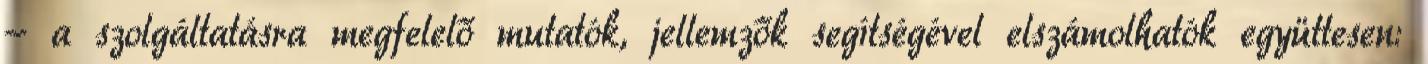
- a szolgáltatásra megfelelő mutatók, jellemzők segítségével elszámolhatók együttesen: